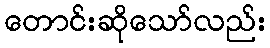
တောင်းဆိုသော်လည်း